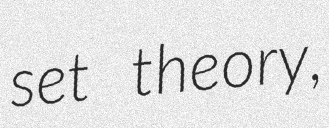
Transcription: set theory,